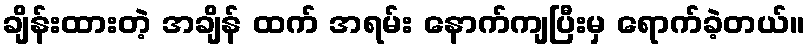
ချိန်းထားတဲ့ အချိန် ထက် အရမ်း နောက်ကျပြီးမှ ရောက်ခဲ့တယ်။